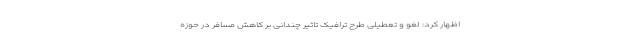
اظهار کرد: لغو و تعطیلی طرح ترافیک تاثیر چندانی بر کاهش مسافر در حوزه